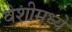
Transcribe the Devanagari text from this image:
वेशीमध्ये